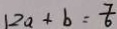
\vert 2 a + b = \frac { 7 } { 6 }